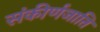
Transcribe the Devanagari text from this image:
संकीर्णजाति